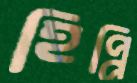
হিপ্পি